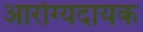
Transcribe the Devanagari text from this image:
आरोग्यदायक